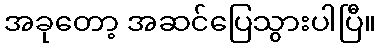
အခုတော့ အဆင်ပြေသွားပါပြီ။